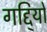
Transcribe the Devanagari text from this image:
गद्दि्यों